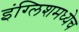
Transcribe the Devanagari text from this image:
इंग्लिशमध्येच